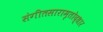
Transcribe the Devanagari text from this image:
संगीतसारामृतोद्धार